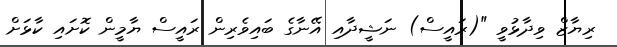
ރިޔާޒް ވިދާޅުވީ "(ރައީސް) ނަޝީދާއި އޭނާގެ ބައިވެރިން ރައީސް ޔާމީން ކޮށައި ކާޅަށް